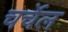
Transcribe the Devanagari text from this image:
चर्चेल